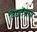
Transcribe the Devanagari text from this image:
विद्यतेस्नाय